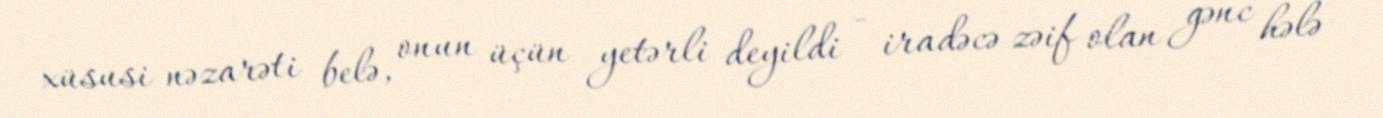
xüsusi nəzarəti belə, onun üçün yetərli deyildi - iradəcə zəif olan gənc hələ